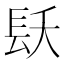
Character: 镺